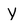
Character: y